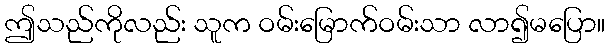
ဤသည်ကိုလည်း သူက ဝမ်းမြောက်ဝမ်းသာ လာ၍မပြော။